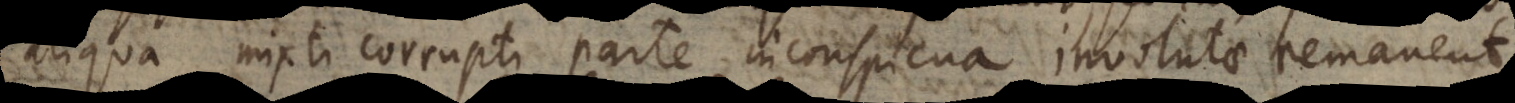
aliqua mixti corrupti parte inconspicua involutae remanent.